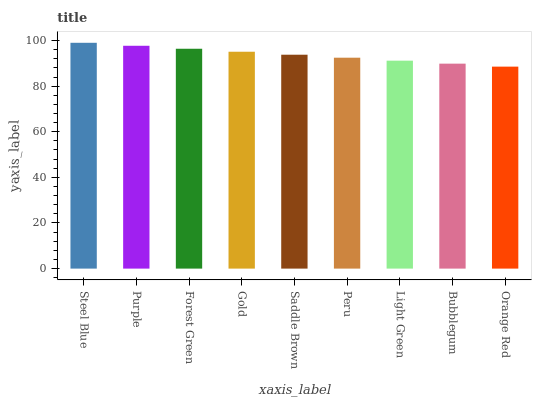
| xaxis_label | bars |
 | --- | --- |
 | Steel Blue | 99 |
 | Purple | 97.7 |
 | Forest Green | 96.4 |
 | Gold | 95.1 |
 | Saddle Brown | 93.8 |
 | Peru | 92.5 |
 | Light Green | 91.2 |
 | Bubblegum | 89.9 |
 | Orange Red | 88.5 |